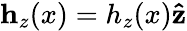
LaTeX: \mathbf{h}_{z}(x)=h_{z}(x)\mathbf{\hat{z}}